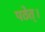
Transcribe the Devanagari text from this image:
पठेत्‌।